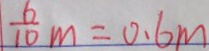
\frac { 6 } { 1 0 } m = 0 . 6 m